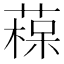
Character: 𦹂